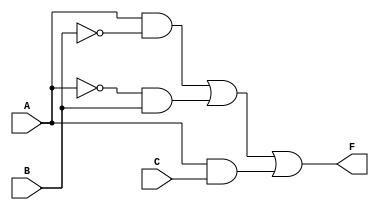
module combinational_logic_block (
    input wire A,     // Input A
    input wire B,     // Input B
    input wire C,     // Input C
    output wire F     // Output F
);

// Intermediate signals for EPI
wire A_not;        // A'
wire B_not;        // B'
wire A_and_B_not;  // AB'
wire A_not_and_B;  // A'B
wire A_and_C;      // AC

// NOT gates for negation
assign A_not = ~A; // A'
assign B_not = ~B; // B'

// AND gates for essential prime implicants
assign A_and_B_not = A & B_not; // AB'
assign A_not_and_B = A_not & B;  // A'B
assign A_and_C = A & C;          // AC

// OR gate for final output
assign F = A_and_B_not | A_not_and_B | A_and_C; // Output F

endmodule